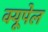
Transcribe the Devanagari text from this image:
क्यूपेल